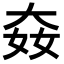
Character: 𡘛